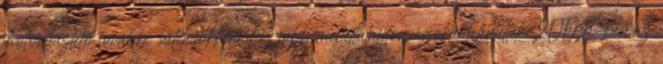
motorháztető további súlycsökkenést és jobb menettulajdonságokat jelentettek. 2002-ben az